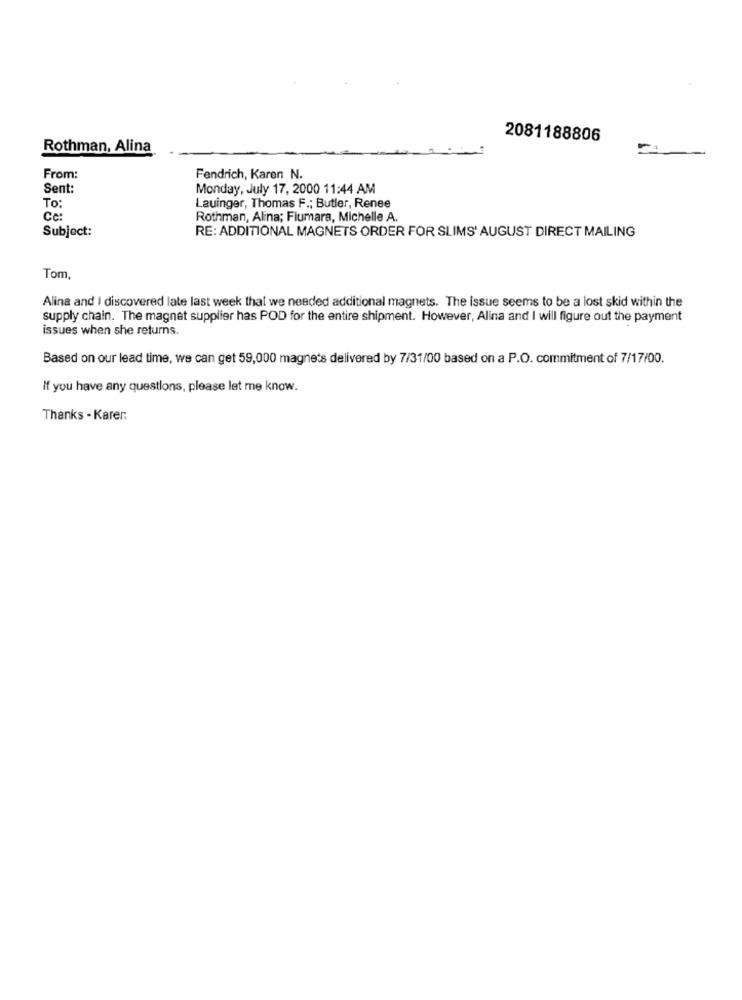
2081188806
Rothman, Alina
From:
Fendrich, Karen N.
Sent:
Monday, July 17, 2000 11:44 AM
To:
Lauinger, Thomas F .; Butler, Renee
Cc :
Rothman, Alina; Fiumara, Michelle A.
Subject:
RE: ADDITIONAL MAGNETS ORDER FOR SLIMS' AUGUST DIRECT MAILING
Tom
Alina and | discovered late last week that we needed additional magnets. The issue seems to be a lost skid within the
supply chain. The magnet supplier has POD for the entire shipment. However, Alina and I will figure out the payment
issues when she returns.
Based on our lead time, we can get 59,000 magnets delivered by 7/31/00 based on a P.O. commitment of 7/17/00.
If you have any questions, please let me know.
Thanks - Karer: